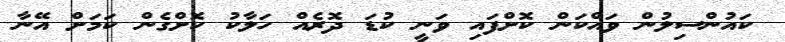
ކައުންސިލުން ވައްކަން ކޮށްފައި ވަނީ ކުޑަ ދޮރެއް ހަލާކު ކޮށްގެން ކަމަށް އޭނާ